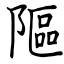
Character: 䧢